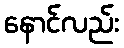
နောင်လည်း